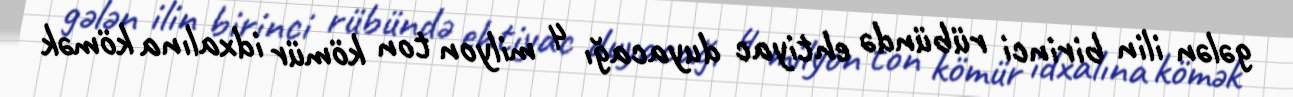
gələn ilin birinci rübündə ehtiyac duyacağı 4 milyon ton kömür idxalına kömək